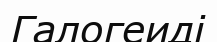
Галогеиді